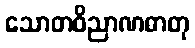
သောတဝိညာဏဓာတု